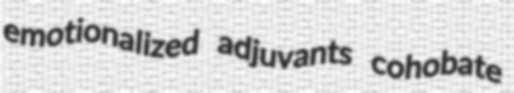
emotionalized adjuvants cohobate